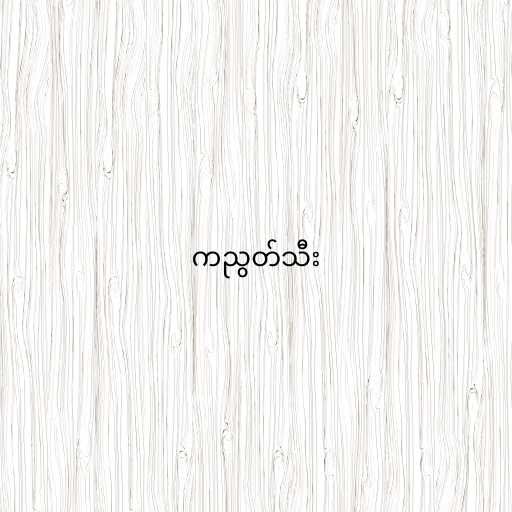
ကညွတ်သီး